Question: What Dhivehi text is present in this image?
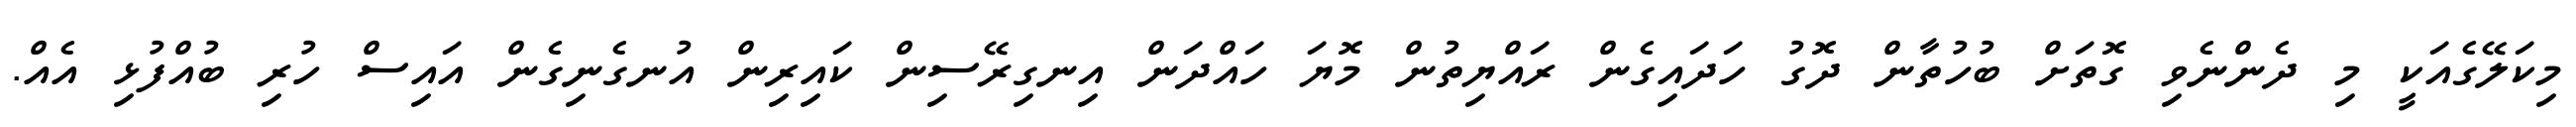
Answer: މިކަލޭގެއަކީ މި ދެންނެވި ގޮތަށް ބުހުތާން ދޮގު ހަދައިގެން ރައްޔިތުން މޮޔަ ހައްދަން އިނގިރޭސިން ކައިރިން އުނގެނިގެން އައިސް ހުރި ބުއްފުޅި އެއް.